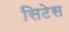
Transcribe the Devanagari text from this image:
सिटेस